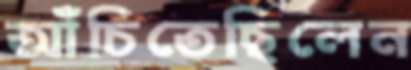
আঁচিতেছিলেন